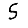
Digit: 5